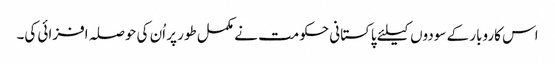
اس کاروبار کے سودوں کیلئے پاکستانی حکومت نے مکمل طور پر اُن کی حوصلہ افزائی کی۔